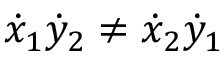
{ \dot { x } } _ { 1 } { \dot { y } } _ { 2 } \not = { \dot { x } } _ { 2 } { \dot { y } } _ { 1 }